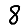
Digit: 8